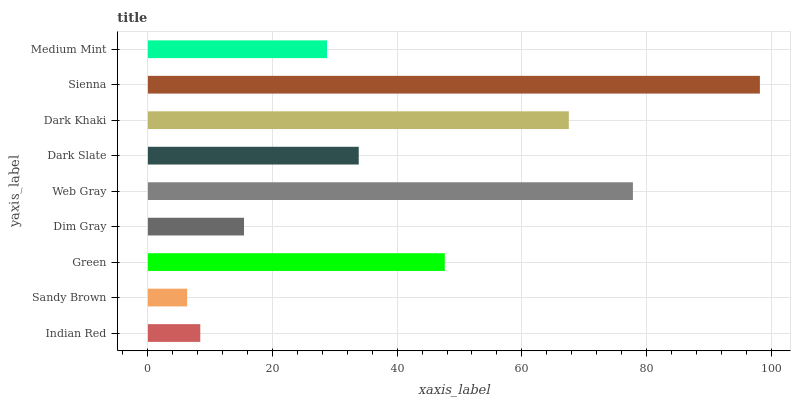
| yaxis_label | bars |
 | --- | --- |
 | Indian Red | 8.4 |
 | Sandy Brown | 6.3 |
 | Green | 47.6 |
 | Dim Gray | 15.4 |
 | Web Gray | 77.8 |
 | Dark Slate | 33.8 |
 | Dark Khaki | 67.5 |
 | Sienna | 98.2 |
 | Medium Mint | 28.7 |